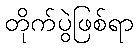
တိုက်ပွဲဖြစ်ရာ